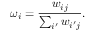
\omega _ { i } = \frac { w _ { i j } } { \sum _ { i ^ { \prime } } w _ { i ^ { \prime } j } } .